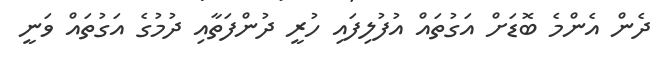
ދެން އެންމެ ބޮޑަށް އަގުތައް އުފުލިފައި ހުރީ ދުންފަތާއި ދުމުގެ އަގުތައް ވަނީ